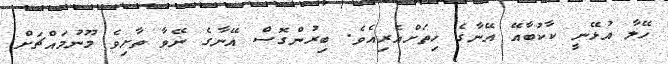
ހޭލާ އުޅޭނީ ކާކުބާއޭ އޭނާގެ ހިތަށްއެރިއެވެ. ބިރުންގޮސް އޭނާގެ ނޭވާ ތާށިވެ މޫނުމައްޗަށް